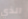
الذي